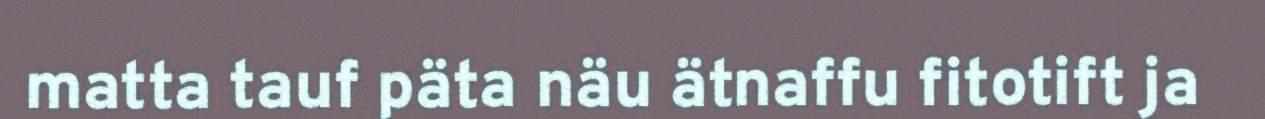
matta tauf päta näu ätnaffu fitotift ja